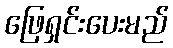
ဖြေရှင်းပေးမည်